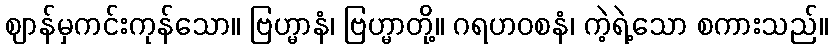
ဈာန်မှကင်းကုန်သော။ ဗြဟ္မာနံ၊ ဗြဟ္မာတို့။ ဂရဟဝစနံ၊ ကဲ့ရဲ့သော စကားသည်။